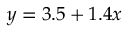
y = 3 . 5 + 1 . 4 x